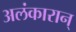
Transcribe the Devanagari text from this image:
अलंकारान्